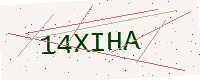
Text: 14XIHA